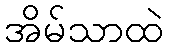
အိမ်သာထဲ